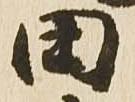
田